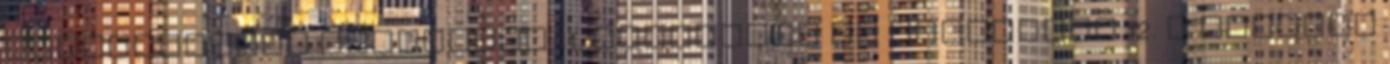
igazságosság fejlődése 11. Törvények és bíróságok 12. A polgári